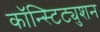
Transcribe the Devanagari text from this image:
कॉन्स्टिट्युशन